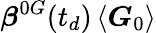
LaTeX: \boldsymbol{\beta}^{0G}(t_{d})\left\langle\boldsymbol{G}_{0}\right\rangle